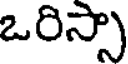
ఒరిస్సా